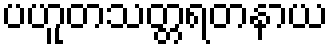
ပဟူတသတ္တရတနာယ